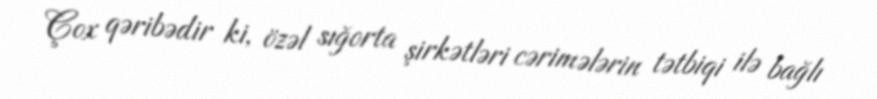
Çox qəribədir ki, özəl sığorta şirkətləri cərimələrin tətbiqi ilə bağlı